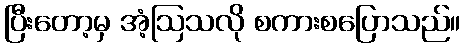
ပြီးတော့မှ အံ့ဩသလို စကားစပြောသည်။